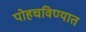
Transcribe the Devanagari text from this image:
पोहचविण्यात